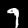
Label: 9